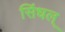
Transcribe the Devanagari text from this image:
सिंधल्